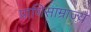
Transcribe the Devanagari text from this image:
प्राणिसाम्राज्य